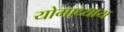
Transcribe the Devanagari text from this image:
योगाध्याय